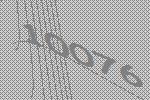
10076